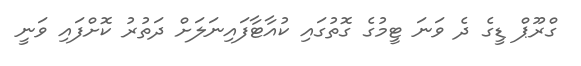
ގްރޫޕް ޑީގެ ދެ ވަނަ ޓީމުގެ ގޮތުގައި ކުއާޓާފައިނަލަށް ދަތުރު ކޮށްފައި ވަނީ